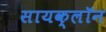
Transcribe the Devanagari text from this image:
सायक्लॉन